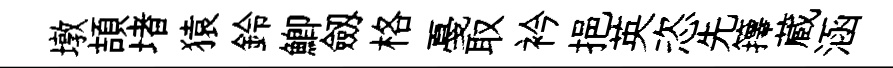
墩頡堵猿鈴鯽劔格戞取衿挹英恣先籜蔵涵